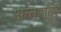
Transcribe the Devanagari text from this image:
अन्तरावर